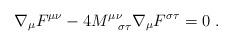
LaTeX: \begin{align*}\nabla_{\mu} F^{\mu\nu} - 4 M^{\mu\nu}_{~~\sigma\tau}\nabla_{\mu} F^{\sigma\tau} = 0\; .\end{align*}